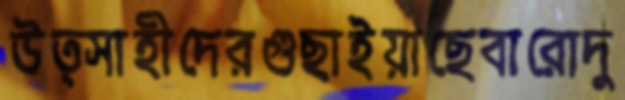
উত্সাহীদেরগুছাইয়াছেবারোদু